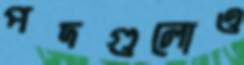
পদগুলোও